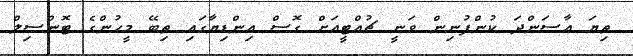
ތިޔަ އާސަންދަ ކުންފުނިން ވަނީ ޗުއްޓީއަށް ގޮސް އިންޑިޔާގައި ތިބޭ މީހުންގެ ޓޮންސިލް